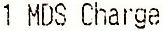
1 MDS CHARGE